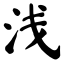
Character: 浅